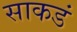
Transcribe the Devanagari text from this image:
साकडं